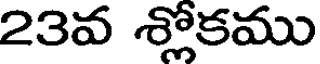
23వ శ్లోకము